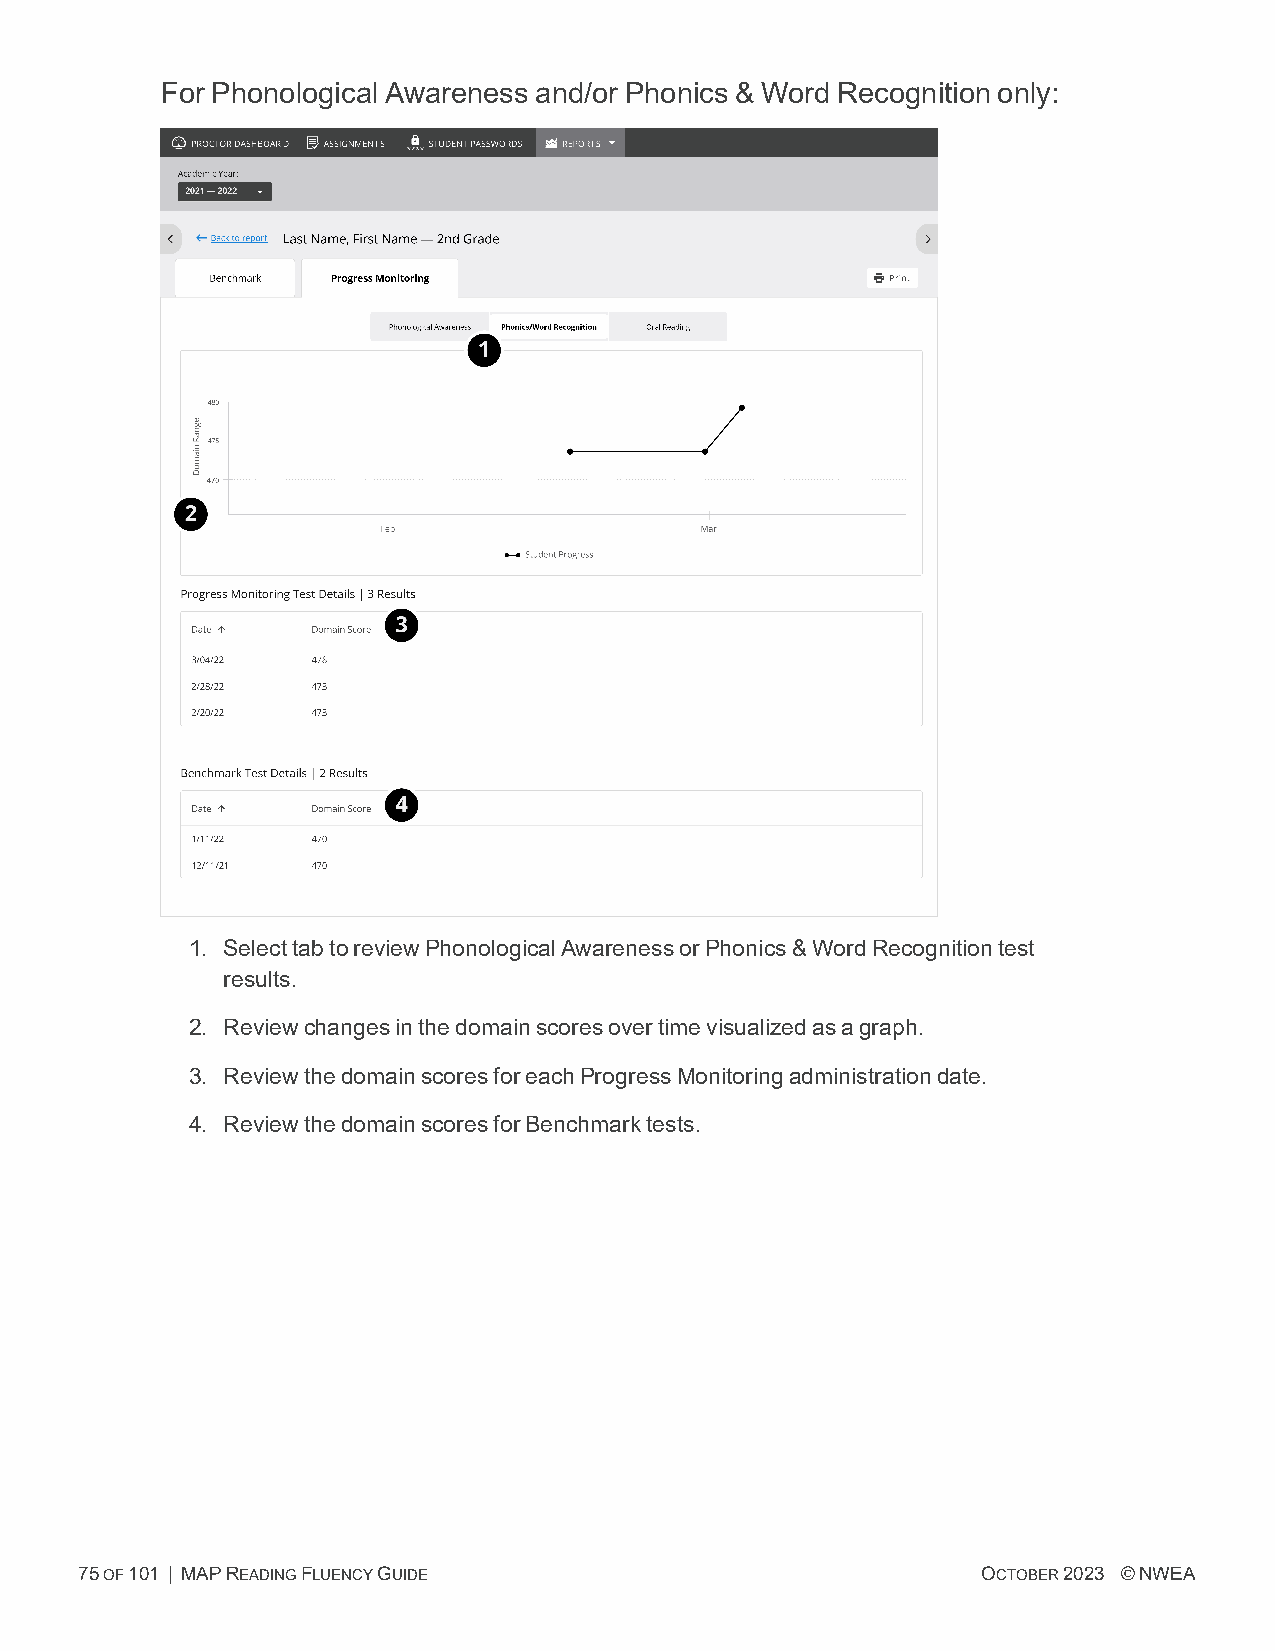
For Phonological Awareness and/or Phonics & Word Recognition only:
 1. SelecttabtoreviewPhonologicalAwarenessorPhonics&WordRecognitiontest
 results.
 2. Reviewchangesinthedomainscoresovertimevisualizedasagraph.
 3. ReviewthedomainscoresforeachProgressMonitoringadministrationdate.
 4. ReviewthedomainscoresforBenchmarktests.
 75OF101 | MAPREADINGFLUENCYGUIDE                            OCTOBER2023 ©NWEA